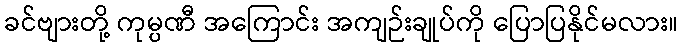
ခင်ဗျားတို့ ကုမ္ပဏီ အကြောင်း အကျဉ်းချုပ်ကို ပြောပြနိုင်မလား။